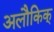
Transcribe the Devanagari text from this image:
अलौकिक्